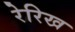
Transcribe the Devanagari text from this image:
रेरिख